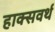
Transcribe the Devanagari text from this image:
हाक्सवर्थ